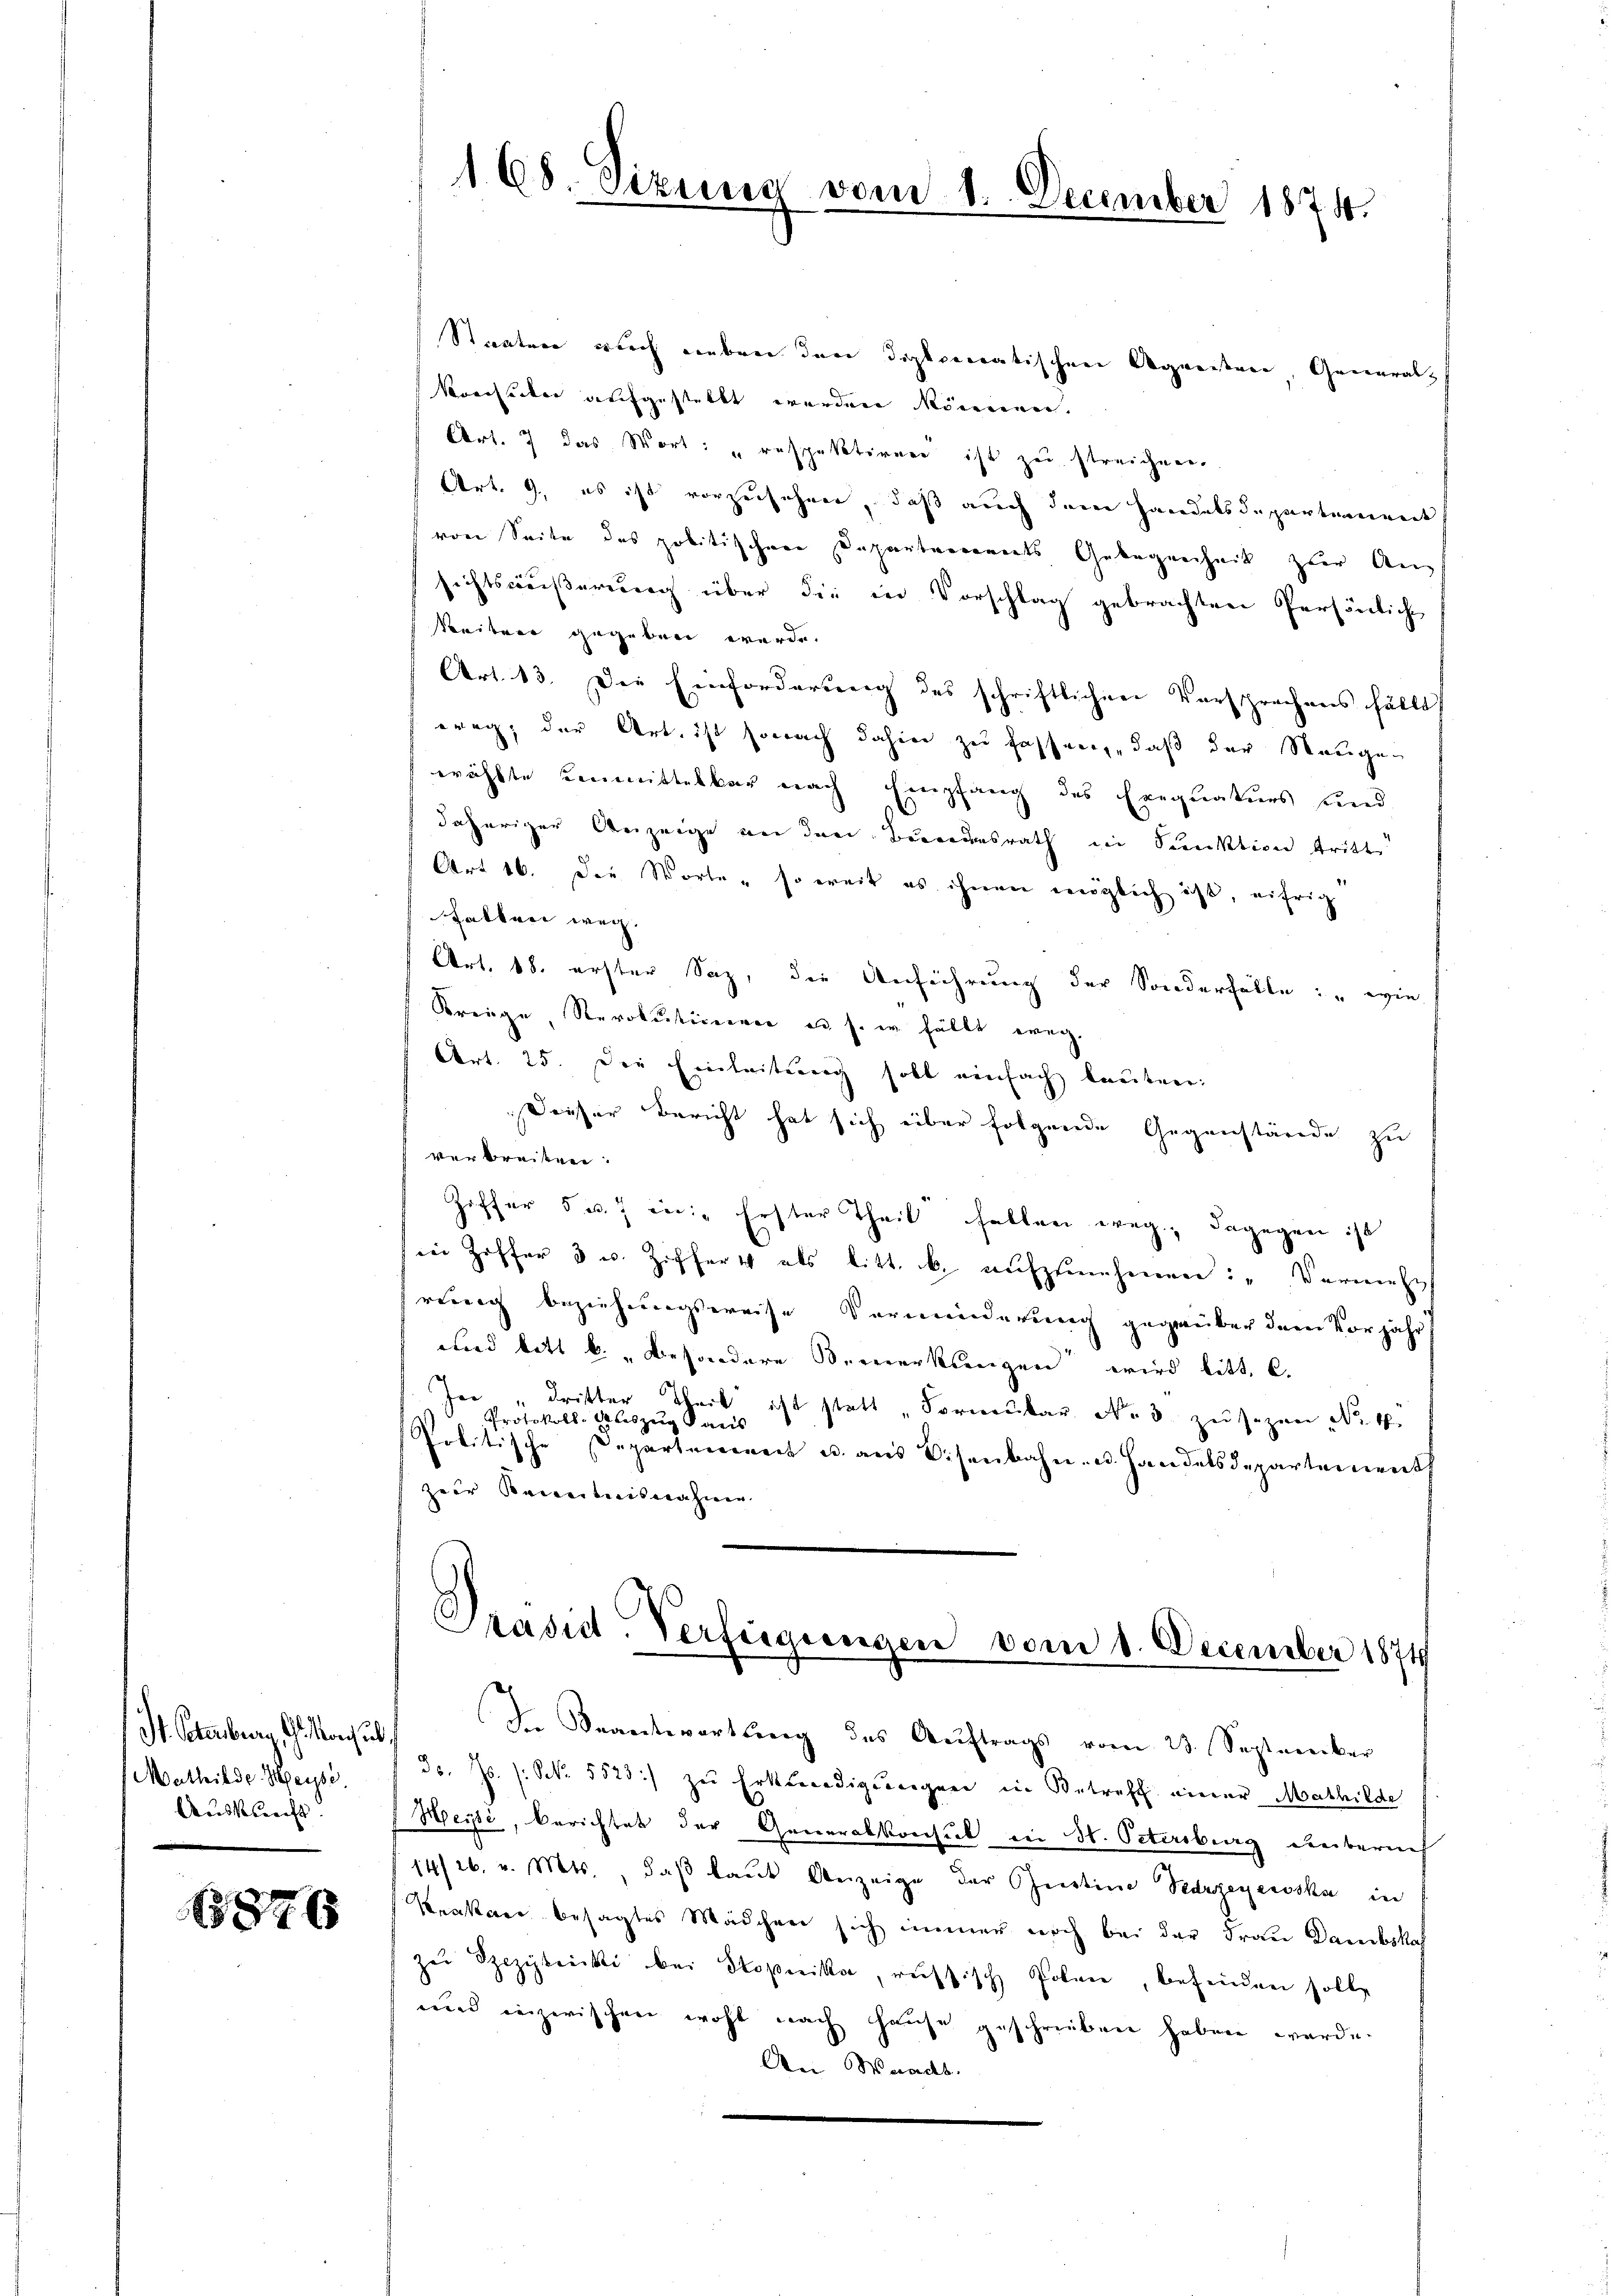
St. Petersburg, G. Konsul
Mathilde-Meysé.
Ausblecht.

3876

Staaten auch unbeni den dopperatischen Agmeistere Generalz
Krerseiter aufgestellt werden können.
Art. 7 das Wort: "respektiren ist zu streichen.
Art. 9, es ist vorzusehenen, daß auch dem Handelsdepartement
von Seite des politischen Departemonats Gelegenheit zur Ang
sichtswäßerung über die in Vorschlag gebrachten Persönliche
keiten gegeben werde.
Art. 13. Die Einforderung des schriftlichen Versprechens fällt
weg, der Art, ist sonach dahin zu fassen, daß der Staugen
wählte Leumittelbar nach Empfang des Exequaturs und
daheriger Anzeige an den Bundesrath in Punktion tritt
Art 16. die Worte, so weit es ihnen möglich ist, eifrig
Falber weg.
Art. 18. erster Saz, die Anführung der Sonderfälle: "wie
Kreige, Revolutionen u. s. w. fällt weg.
Art. 25. Die Einleitung soll einfach lauten:
Dieser Bericht hat sich über folgende Gegenstände zu
verbreiten.
Ziffer 5 u. 7 in: „Erster Theil fallen weg, dagegen ist
in Ziffer 3 u. Ziffert als litt. b. aŭfzŭnehmen: „Vermehr
rung beziehungsweise Verminderung gegenüber dem Vorjahr
und bitt k. „besondere Bemerkungen wird bitt. C.
Je "dritter Theil ist statt „Fornenbar No. 3. zŭ sezen No. 4.
Protokoll-Auszug daris
Politische Departement u. aus Eisenbahn- u. Handelsdepartement
zer Secretarisnahme

168 Sizung vom 1. December 1874.

Prasut-Verfügungen vom 1. December 1874

Ine Beantwortung des Auftrags vom 23. September
Fs. Js. (: NNo. 5523 :/ zu Erkleidigungen in Betreff einer Mathilde
Heise, Berichtet der Generalkonsul in St. Ostersburg unterneh
14/26. v. Mts., daβ laŭt Anzeige der Geistine Vergegewska in
Krakau besagtes Mädchen sich immer noch bei der Frau Dambskaf
zu Speziknicki bei Stoperika, ressisch Pohnen, befinden solle
und inzwischen wohl nach Hause geschrieben haben werde.
An Waadt.